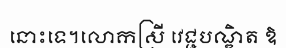
នោះទេ។លោកស្រី វេជ្ជបណ្ឌិត ឱ